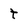
Character: t